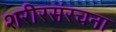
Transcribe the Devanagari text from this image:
शरीरसंरचना